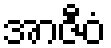
အာဇီဝံ